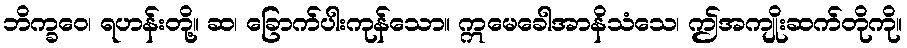
ဘိက္ခဝေ၊ ရဟန်းတို့။ ဆ၊ ခြောက်ပါးကုန်သော။ ဣမေခေါအာနိသံသေ၊ ဤအကျိုးဆက်တိုကို။